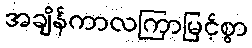
အချိန်ကာလကြာမြင့်စွာ